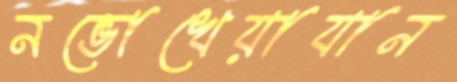
নভোখেয়াযান